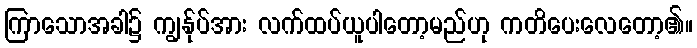
ကြာသောအခါ၌ ကျွန်ုပ်အား လက်ထပ်ယူပါတော့မည်ဟု ကတိပေးလေတော့၏။